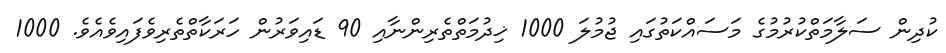
ކުދިން ސަލާމަތްކުރުމުގެ މަސައްކަތުގައި ޖުމުލަ 1000 ޚިދުމަތްތެރިންނާއި 90 ޑައިވަރުން ހަރަކާތްތެރިވެފައިވެއެވެ. 1000